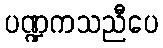
ပဏ္ဍကသညီပေ